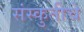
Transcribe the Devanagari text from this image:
संस्कुतीचे